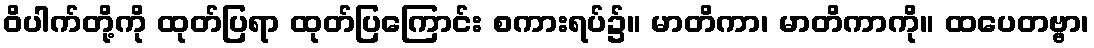
ဝိပါက်တို့ကို ထုတ်ပြရာ ထုတ်ပြကြောင်း စကားရပ်၌။ မာတိကာ၊ မာတိကာကို။ ထပေတဗ္ဗာ၊